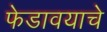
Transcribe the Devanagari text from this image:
फेडावयाचे